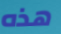
هذه